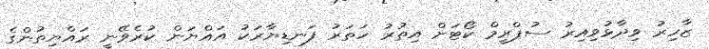
ޒާހިރު ވިދާޅުވިއިރު ސުޕްރީމް ކޯޓަށް އިތުރު ހަތަރު ފަނޑިޔާރަކު އައްޔަން ކުރެވޭނީ ރައްޔިތުންގެ